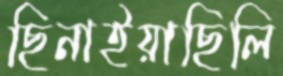
ছিনাইয়াছিলি